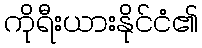
ကိုရီးယားနိုင်ငံ၏